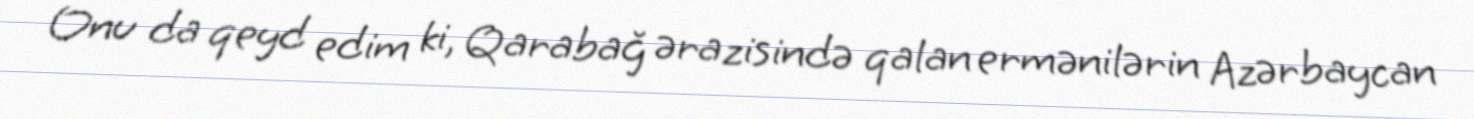
Onu da qeyd edim ki, Qarabağ ərazisində qalan ermənilərin Azərbaycan